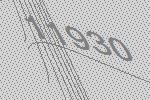
11930